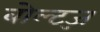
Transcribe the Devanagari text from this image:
बोल्ट्ज़